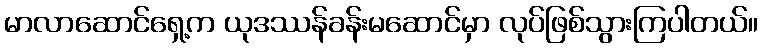
မာလာဆောင်ရှေ့က ယုဒဿန်ခန်းမဆောင်မှာ လုပ်ဖြစ်သွားကြပါတယ်။